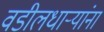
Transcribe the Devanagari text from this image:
वडीलधार्‍यांना